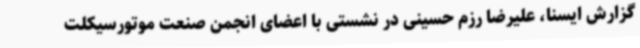
‌گزارش ایسنا، علیرضا رزم حسینی در نشستی با اعضای انجمن صنعت موتورسیکلت